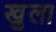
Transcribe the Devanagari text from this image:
खु्ला